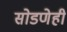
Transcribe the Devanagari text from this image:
सोडणेही